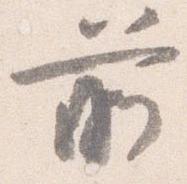
前